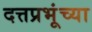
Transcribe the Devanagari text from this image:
दत्तप्रभूंच्या